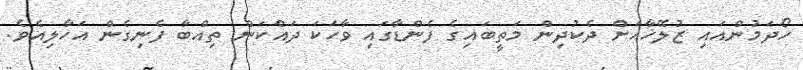
ހޯދަމުންއައި ޒުލޭޚާއަށް ދެކުދިން މަތީބައިގެ ފެންޑާގައި ވާހަކަ ދައްކަން ތިއްބާ ފެނިގެން އަހާލިއެވެ.